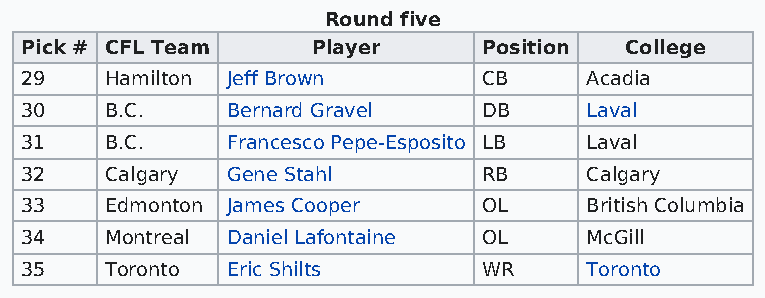
Round five
 Pick # CFL Team     Player     Position College
 29    Hamilton Jeff Brown      CB     Acadia
 30    B.C.    Bernard Gravel   DB     Laval
 31    B.C.    Francesco Pepe-Esposito LB Laval
 32    Calgary Gene Stahl       RB     Calgary
 33    Edmonton James Cooper    OL     British Columbia
 34    Montreal Daniel Lafontaine OL   McGill
 35    Toronto Eric Shilts      WR     Toronto